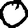
Digit: 0